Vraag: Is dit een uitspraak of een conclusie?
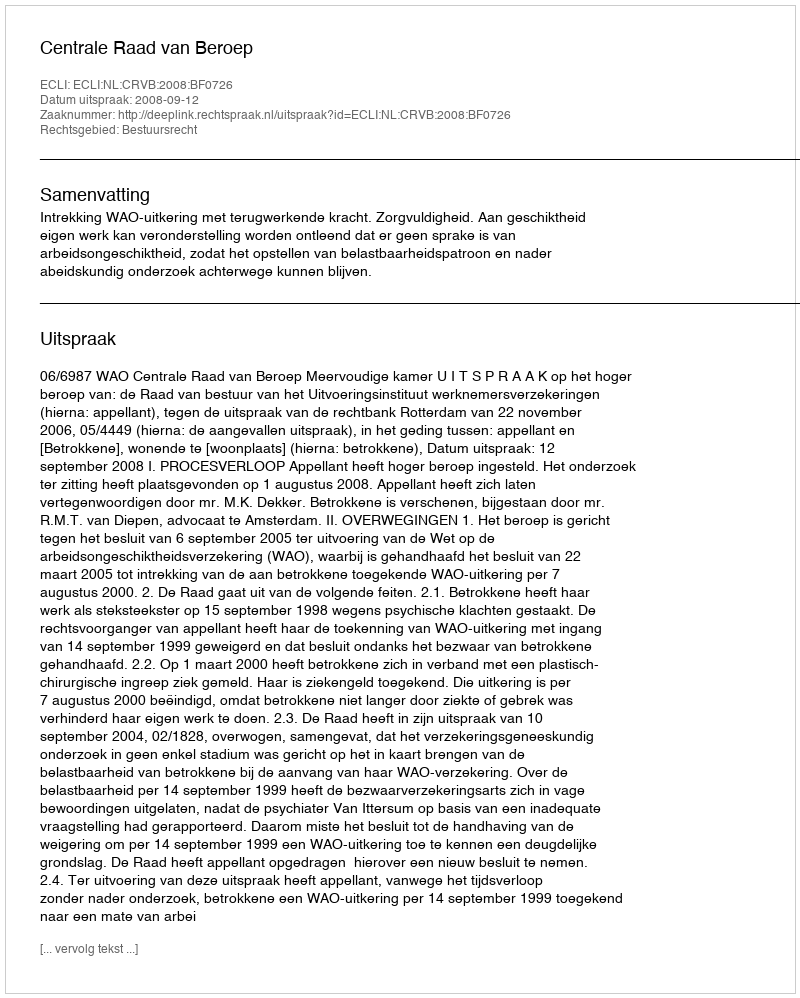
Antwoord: Uitspraak